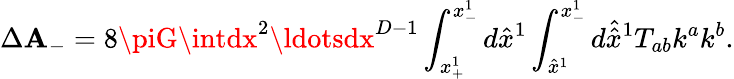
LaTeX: \Delta\mathbf{A}_{-}=8\piG\intdx^{2}\ldotsdx^{D-1}\int_{x_{+}^{1}}^{x_{-}^{1}}d\hat{{x}}^{1}\int_{\hat{{x}}^{1}}^{x_{-}^{1}}d\hat{{\hat{{x}}}}^{1}T_{ab}k^{a}k^{b}.